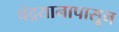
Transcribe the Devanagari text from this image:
चंद्रयानापासून